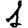
Digit: 1